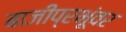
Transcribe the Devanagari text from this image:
बाजीप्रभूंवर